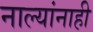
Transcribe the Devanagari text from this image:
नाल्यांनाही